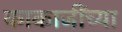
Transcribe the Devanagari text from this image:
काकाजींच्या